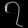
Digit: ၇